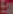
Egg